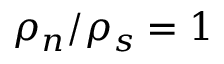
\rho _ { n } / \rho _ { s } = 1